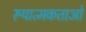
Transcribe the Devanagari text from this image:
रूपात्मकताओं